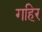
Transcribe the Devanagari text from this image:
गहिर